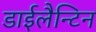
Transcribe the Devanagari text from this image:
डाईलैन्टिन